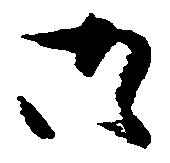
御